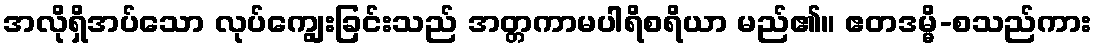
အလိုရှိအပ်သော လုပ်ကျွေးခြင်းသည် အတ္တကာမပါရိစရိယာ မည်၏။ ဧတဒမ္မိ-စသည်ကား